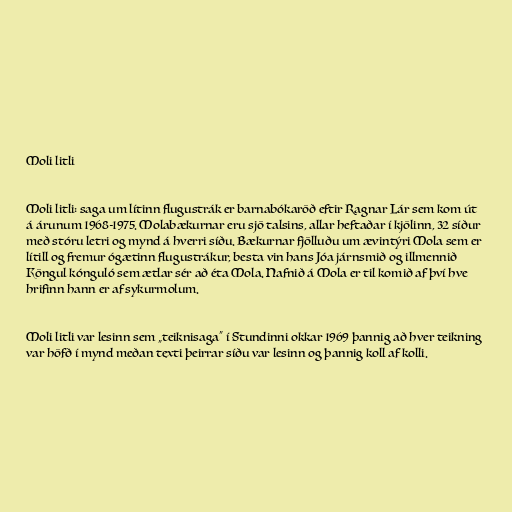
Moli litli

Moli litli: saga um lítinn flugustrák er barnabókaröð eftir Ragnar Lár sem kom út
á árunum 1968-1975. Molabækurnar eru sjö talsins, allar heftaðar í kjölinn, 32 síður
með stóru letri og mynd á hverri síðu. Bækurnar fjölluðu um ævintýri Mola sem er
lítill og fremur ógætinn flugustrákur, besta vin hans Jóa járnsmið og illmennið
Köngul kónguló sem ætlar sér að éta Mola. Nafnið á Mola er til komið af því hve
hrifinn hann er af sykurmolum.

Moli litli var lesinn sem „teiknisaga“ í Stundinni okkar 1969 þannig að hver teikning
var höfð í mynd meðan texti þeirrar síðu var lesinn og þannig koll af kolli.